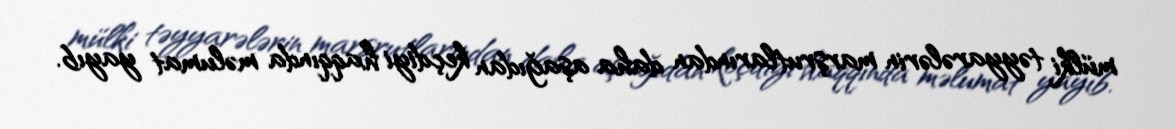
mülki təyyarələrin marşrutlarından daha aşağıdan keçdiyi haqqında məlumat yayıb.